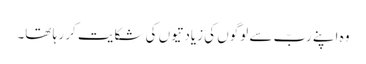
وہ اپنے ربّ سے لوگوں کی زیادتیوں کی شکایت کر ر ہا تھا۔